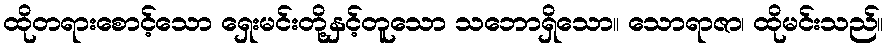
ထိုတရားစောင့်သော ရှေးမင်းတို့နှင့်တူသော သဘောရှိသော။ သောရာဇာ၊ ထိုမင်းသည်။